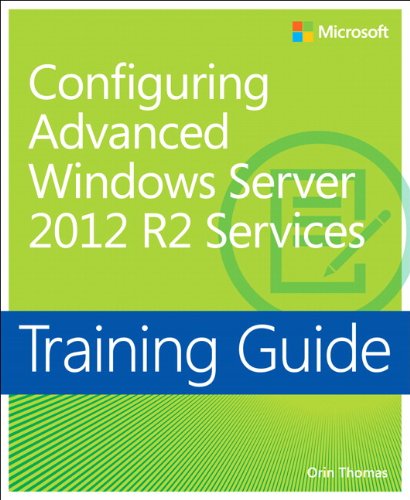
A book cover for Training Guide Configuring Advanced Windows Server 2012 R2 Services (MCSA) (Microsoft Press Training Guide); Orin Thomas; Computers & Technology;